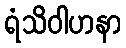
ရံသိဝါဟနာ